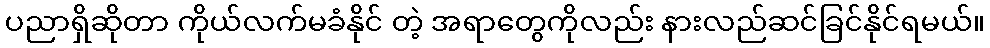
ပညာရှိဆိုတာ ကိုယ်လက်မခံနိုင် တဲ့ အရာတွေကိုလည်း နားလည်ဆင်ခြင်နိုင်ရမယ်။